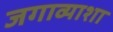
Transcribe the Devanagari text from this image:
जगाव्याशा